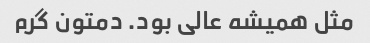
مثل همیشه عالی بود. دمتون گرم